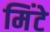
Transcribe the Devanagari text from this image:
मिंटे